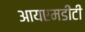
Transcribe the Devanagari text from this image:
आयएमडीटी